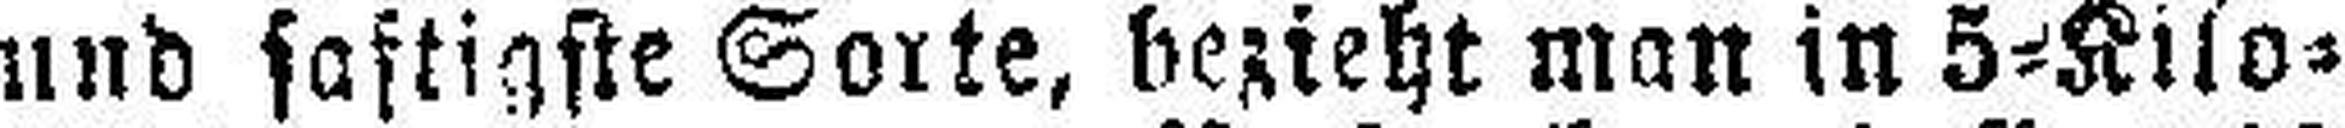
und saftigste Sorte, bezieht man in 5=Kilo=